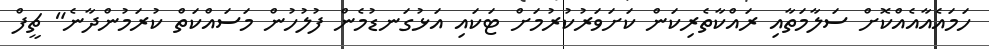
ހަމައެއާއެއްކޮށް ސަލާމަތާއި ރައްކާތެރިކަން ކަށަވަރުކުރުމަށް ޓަކައި އަޅުގަނޑުމެން ފުލުހުން މަސައްކަތް ކުރަމުންދާނެ" ޗީފް